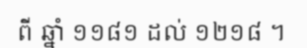
ពី ឆ្នាំ ១១៨១ ដល់ ១២១៨ ។